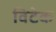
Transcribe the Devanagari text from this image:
विटेक